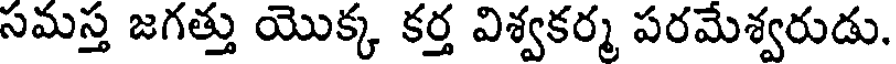
సమస్త జగత్తు యొక్క కర్త విశ్వకర్మ పరమేశ్వరుడు.